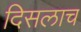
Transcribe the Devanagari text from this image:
दिसलाच